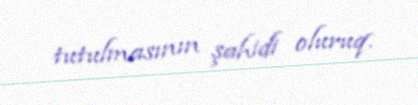
tutulmasının şahidi oluruq.